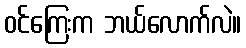
ဝင်ကြေးက ဘယ်လောက်လဲ။